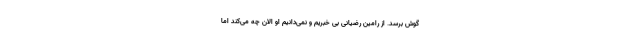
گوش برسد. از رامین رضیانی بی خبریم و نمی‌دانیم او الان چه می‌کند اما